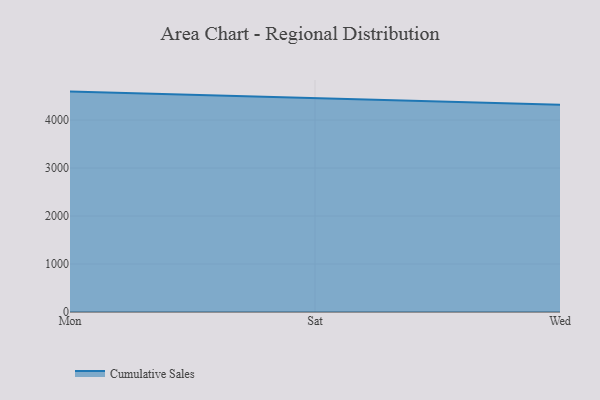
{"axis": {"x": "Day", "y": "Temperature (°C)"}, "legend": ["Cumulative Sales"], "data": [{"x": "Mon", "y": 4593.0, "type": "Cumulative Sales"}, {"x": "Sat", "y": 4456.6, "type": "Cumulative Sales"}, {"x": "Wed", "y": 4316.4, "type": "Cumulative Sales"}]}